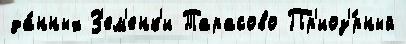
да́нных З'ем'енк'и Тарасово Пр'иоз'́рный